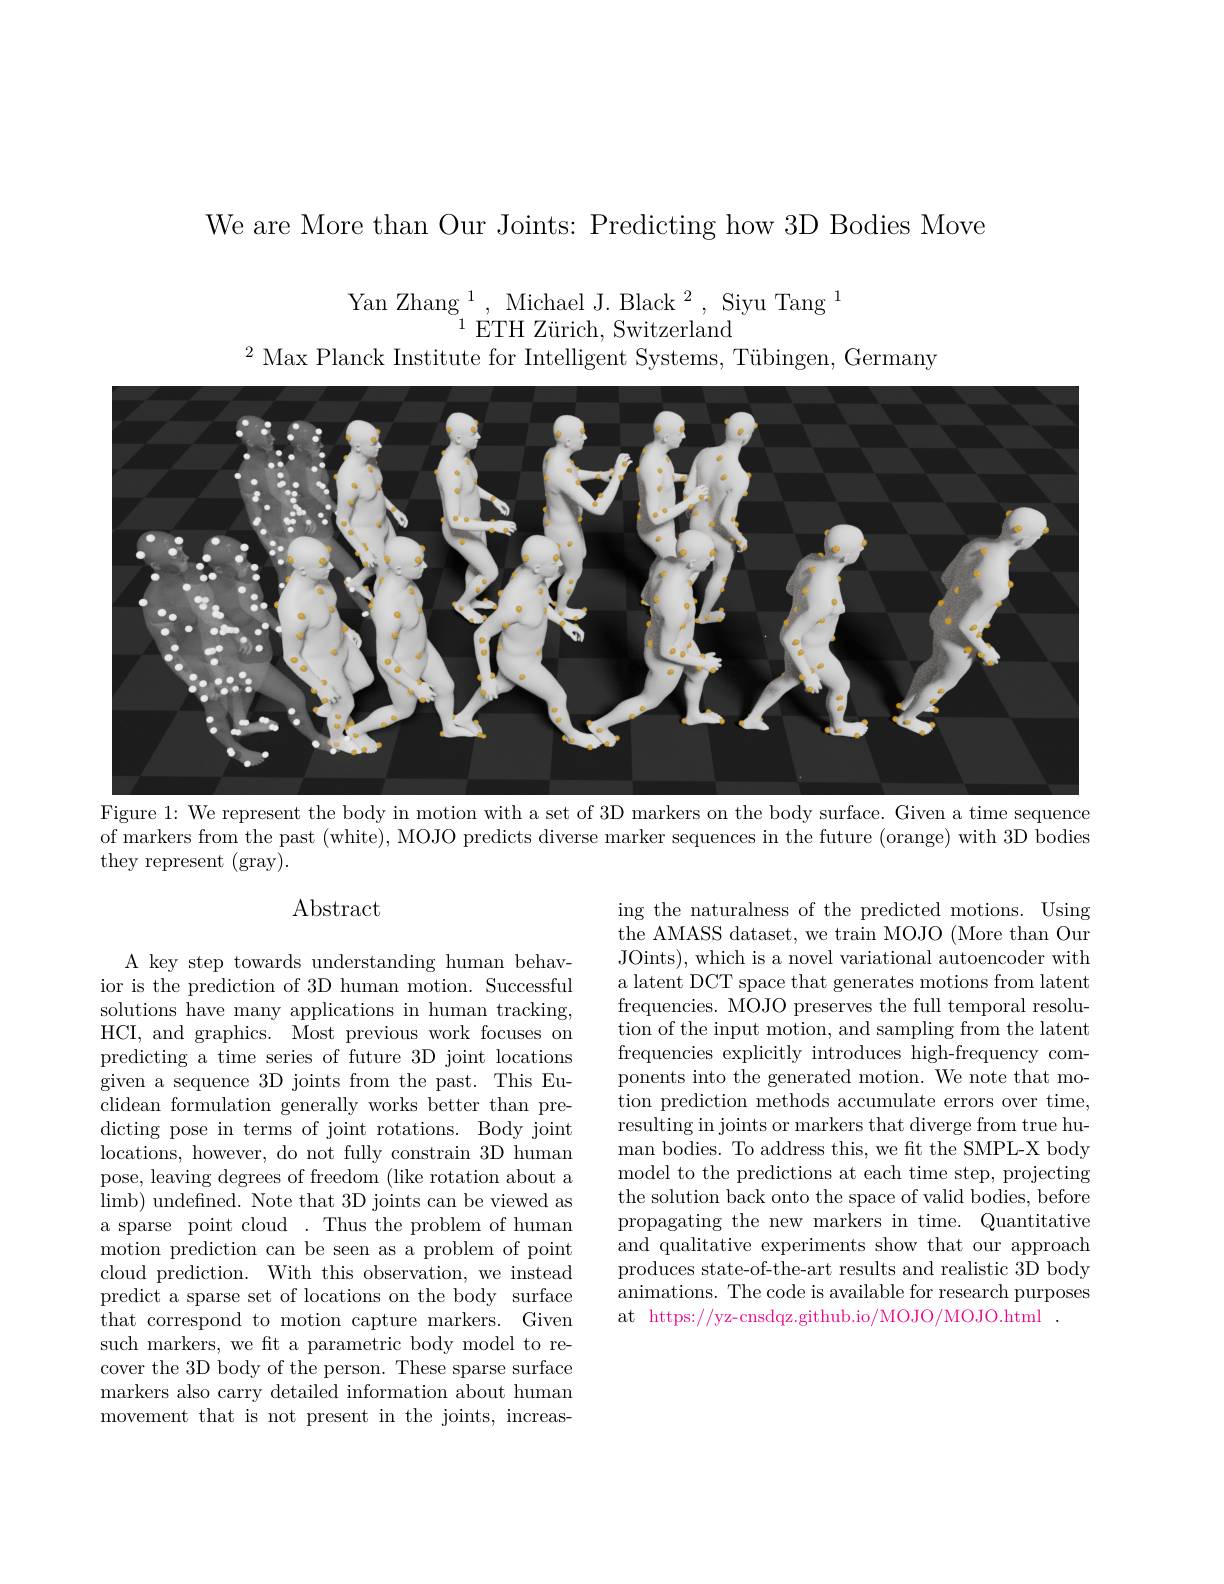
We are More than Our Joints: Predicting how 3D Bodies Move

Yan Zhang $^1$, Michael J. Black$^2$, Siyu Tang$^1$
$^{1}$ETH Zürich, Switzerland
$^{2}$ Max Planck Institute for Intelligent Systems, Tübingen, Germany

<FigureHere>
Figure 1: We represent the body in motion with a set of 3D markers on the body surface. Given a time sequence

of markers from the past (white), MOJO predicts diverse marker sequences in the future (orange) with 3D bodies
they represent (gray).

Abstract

ing the naturalness of the predicted motions. Using the AMASS dataset, we train MOJO (More than Our JOints), which is a novel variational autoencoder with a latent DCT space that generates motions from latent frequencies. MOJO preserves the full temporal resolution of the input motion, and sampling from the latent frequencies explicitly introduces high-frequency components into the generated motion. We note that motion prediction methods accumulate errors over time, resulting in joints or markers that diverge from true human bodies. To address this, we fit the SMPL-X body model to the predictions at each time step, projecting the solution back onto the space of valid bodies, before propagating the new markers in time. Quantitative and qualitative experiments show that our approach produces state-of-the-art results and realistic 3D body animations. The code is available for research purposes at https://yz-cnsdqz.github.io/MOJO/MOJO.html.

A key step towards understanding human behavior is the prediction of 3D human motion. Successful solutions have many applications in human tracking, HCI, and graphics. Most previous work focuses on predicting a time series of future 3D joint locations given a sequence 3D joints from the past. This Euclidean formulation generally works better than predicting pose in terms of joint rotations. Body joint locations, however, do not fully constrain 3D human pose, leaving degrees of freedom (like rotation about a limb) undefined. Note that 3D joints can be viewed as a sparse point cloud . Thus the problem of human motion prediction can be seen as a problem of point cloud prediction. With this observation, we instead predict a sparse set of locations on the body surface $\bar{\text{that correspond to motion capture markers.}}$Given such markers, we ft a parametric body model to recover the 3D body of the person. These sparse surface markers also carry detailed information about human movement that is not present in the joints, increas-